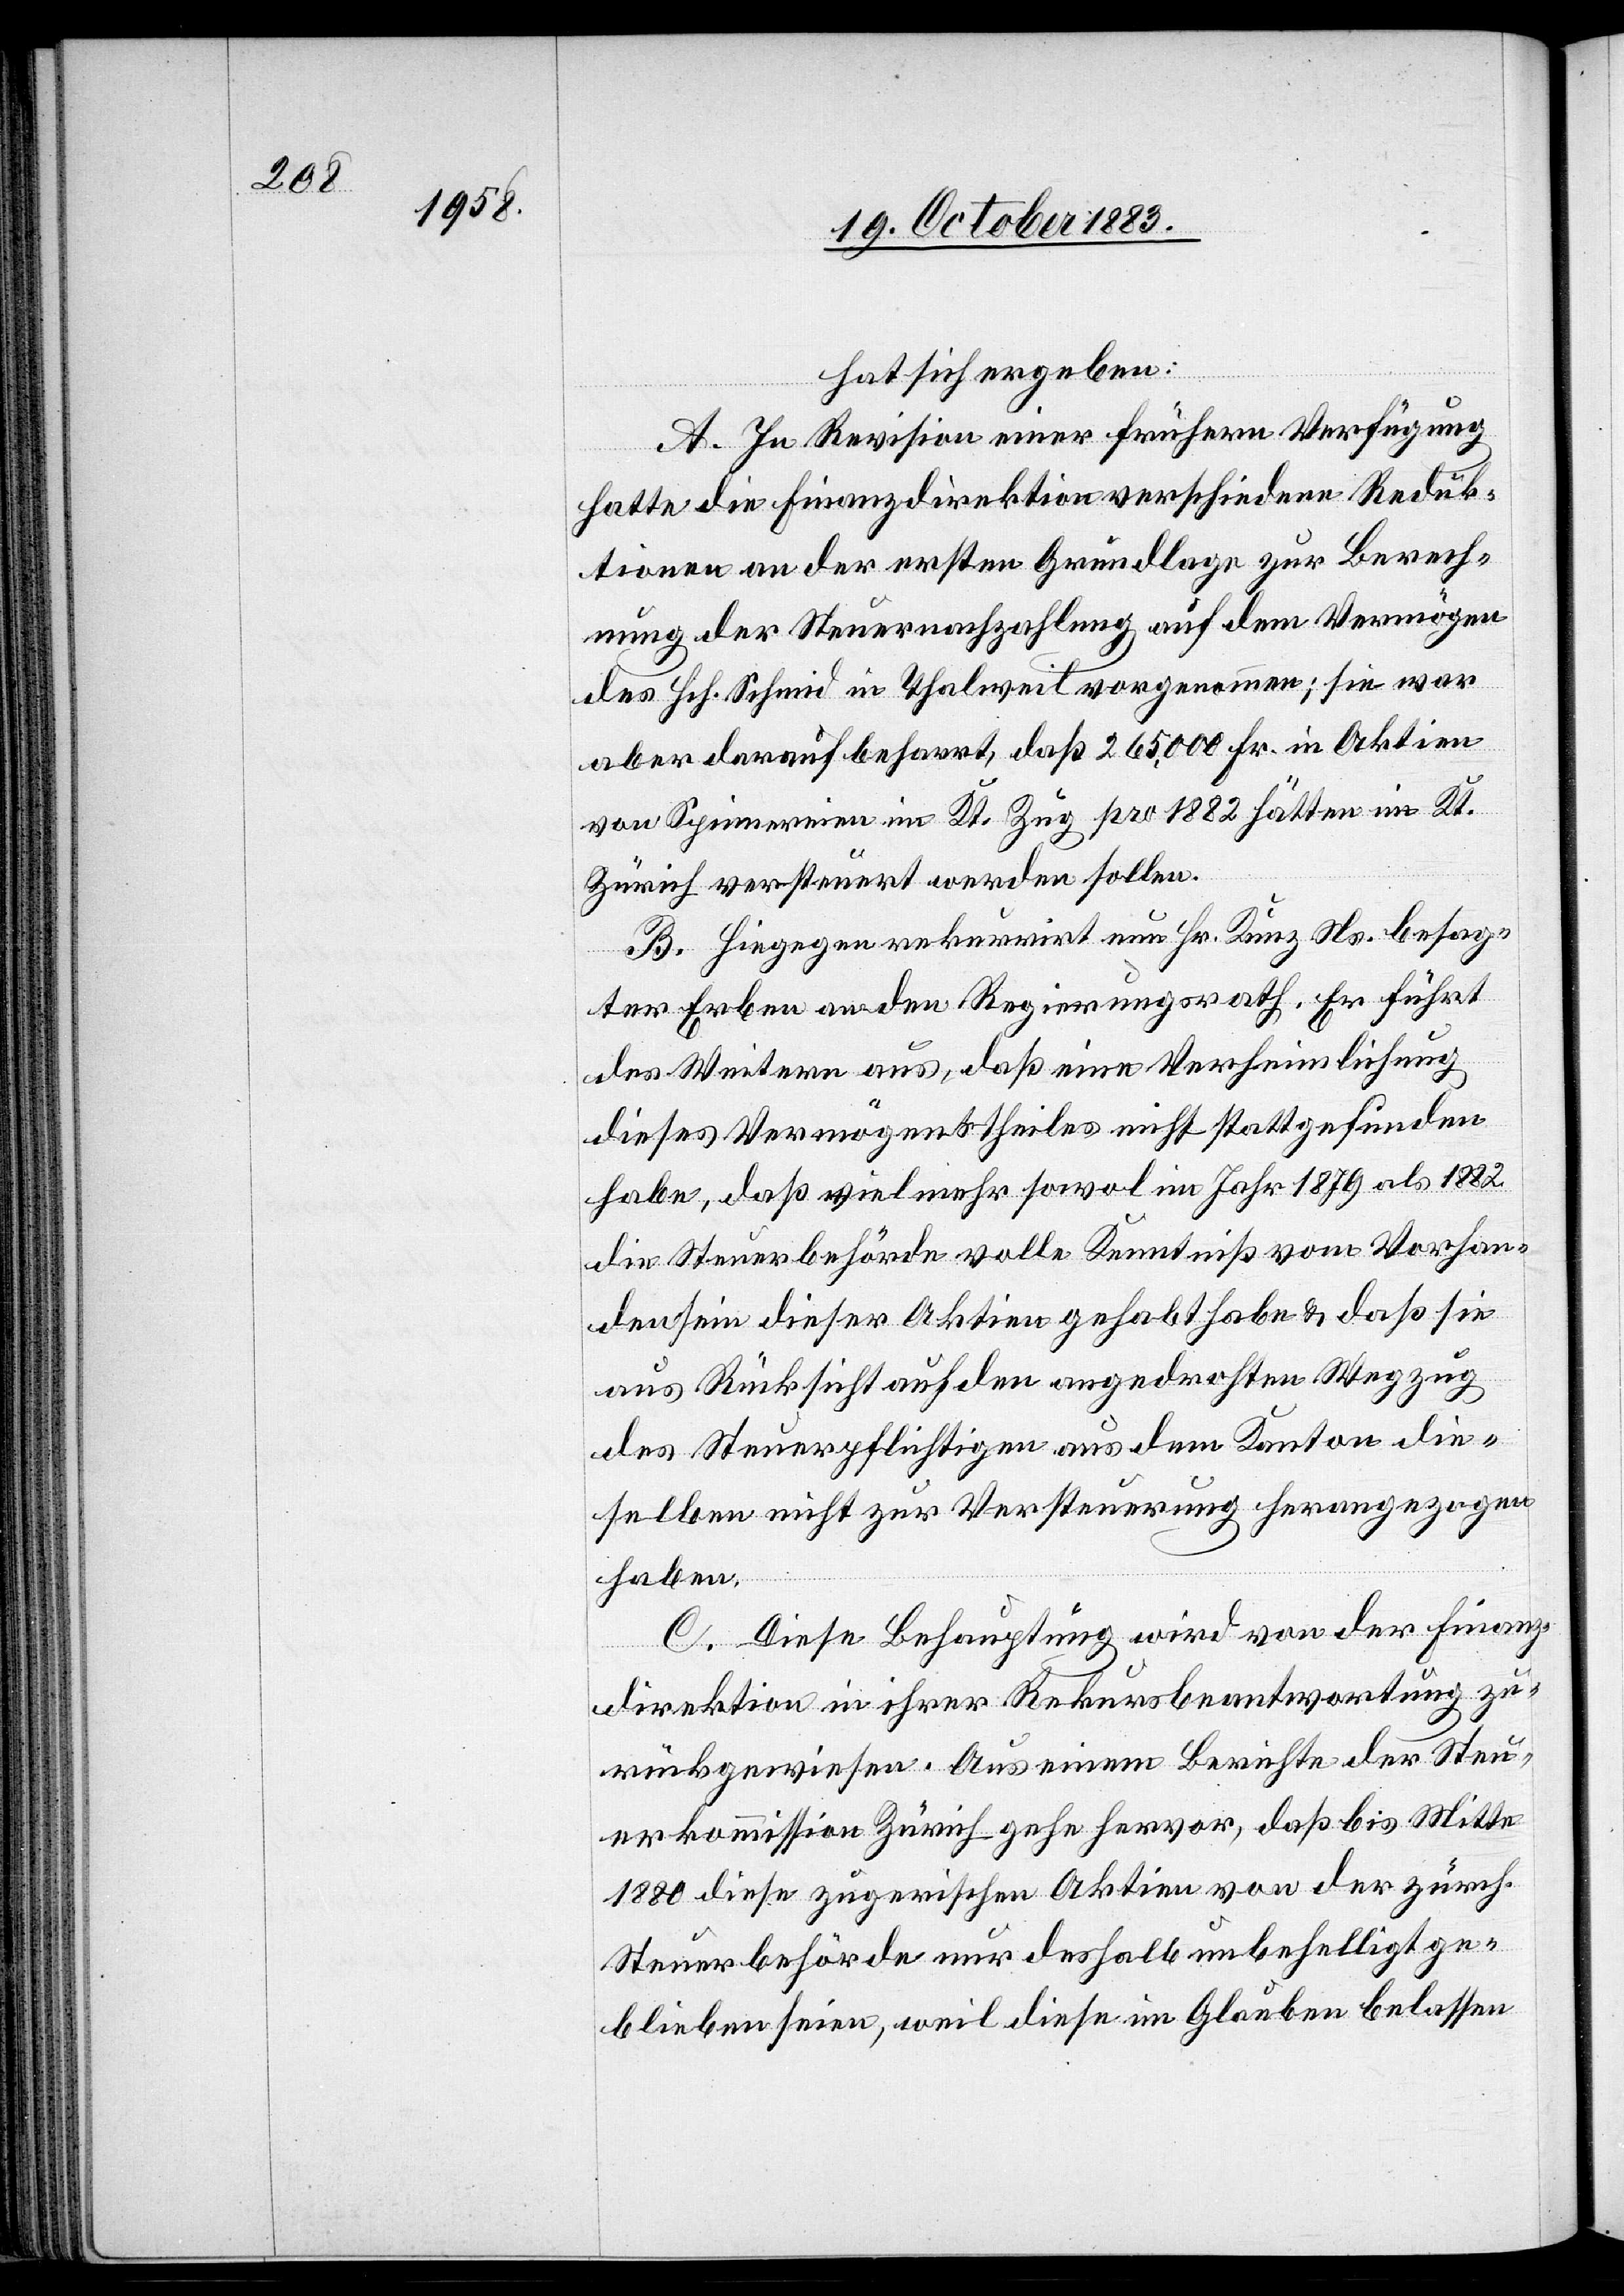
hat sich ergeben:
A. In Revision einer frühern Verfügung
hatte die Finanzdirektion verschiedene Reduk¬
tionen an der ersten Grundlage zur Berech¬
nung der Steuernachzahlung auf dem Vermögen
des Hch. Schmid in Thalweil vorgenommen; sie war
aber darauf beharrt, daß 265,000 Fr. in Aktien
von Spinnereien im Kt. Zug pro 1882 hätten im Kt.
Zürich versteuert werden sollen.
B. Hiegegen rekurrirt nun Hr. Kunz Ns. besag¬
ter Erben an den Regierungsrath. Er führt
des Weitern aus, daß eine Verheimlichung
dieses Vermögenstheiles nicht stattgefunden
habe, daß vielmehr sowol im Jahr 1870 als 1882
die Steuerbehörde volle Kenntniß vom Vorhan¬
densein dieser Aktien gehabet habe & daß sie
aus Rücksicht auf den angedrohten Wegzug
des Steuerpflichtigen aus dem Kanton die¬
selben nicht zur Versteuerung herangezogen
haben.
C. Diese Behauptung wird von der Finanz¬
direktion in ihrer Rekursbeantwortung zu¬
rückgewiesen. Aus einem Berichte der Steu¬
erkommission Zürich gehe hervor, daß bis Mitte
1880 diese zugerischen Aktien von der zürch.
Steuerbehörde nur deshalb unbehelligt ge¬
blieben seien, weil diese im Glauben belassen